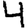
Digit: 4